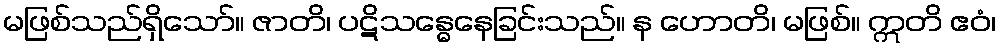
မဖြစ်သည်ရှိသော်။ ဇာတိ၊ ပဋိသန္ဓေနေခြင်းသည်။ န ဟောတိ၊ မဖြစ်။ ဣတိ ဧဝံ၊